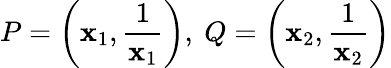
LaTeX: P=\left(\mathbf{x}_{1},{\frac{{1}}{{\mathbf{x}_{1}}}}\right),\ Q=\left(\mathbf{x}_{2},{\frac{{1}}{{\mathbf{x}_{2}}}}\right)